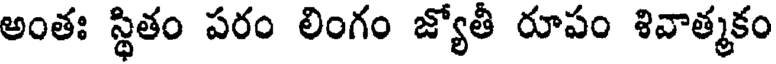
అంతః స్థితం పరం లింగం జ్యోతీ రూపం శివాత్మకం